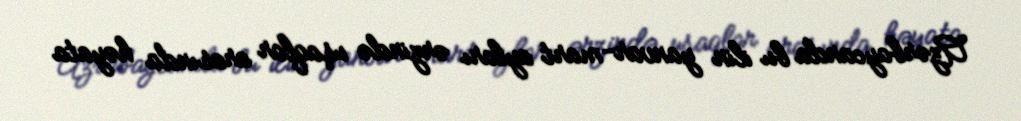
Azərbaycanda bu ilin yanvar-mart ayları ərzində uşaqlar arasında həyata